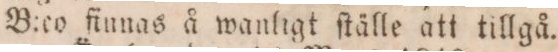
B:co finnas å wanligt ſtälle att tillgå.